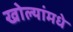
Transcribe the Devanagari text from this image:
खोल्यांमधे